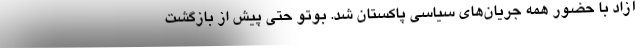
آزاد با حضور همه جریان‌های سیاسی پاکستان شد. بوتو حتی پیش از بازگشت